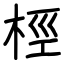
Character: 桱